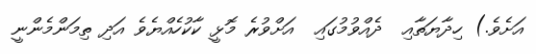
އަށެވެ.) ހިދާޔަތާއި  ދެއްވުމުގައި  އަށްވުރެ މޮޅީ ކާކުހެއްޔެވެ އަދި ތިމަންމެންނީ